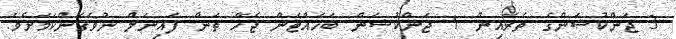
3 ޖަންކުޝަންގެ ތެރެއިން 1 ޖަންކުޝަން ބަހައްޓަން ޖެހޭ ތަން ފައިނަލް ނުވެގެންކަމަށެވެ.